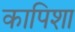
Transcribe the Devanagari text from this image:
कापिशा